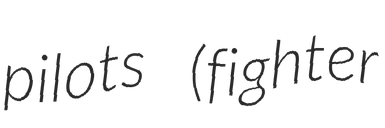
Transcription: pilots (fighter